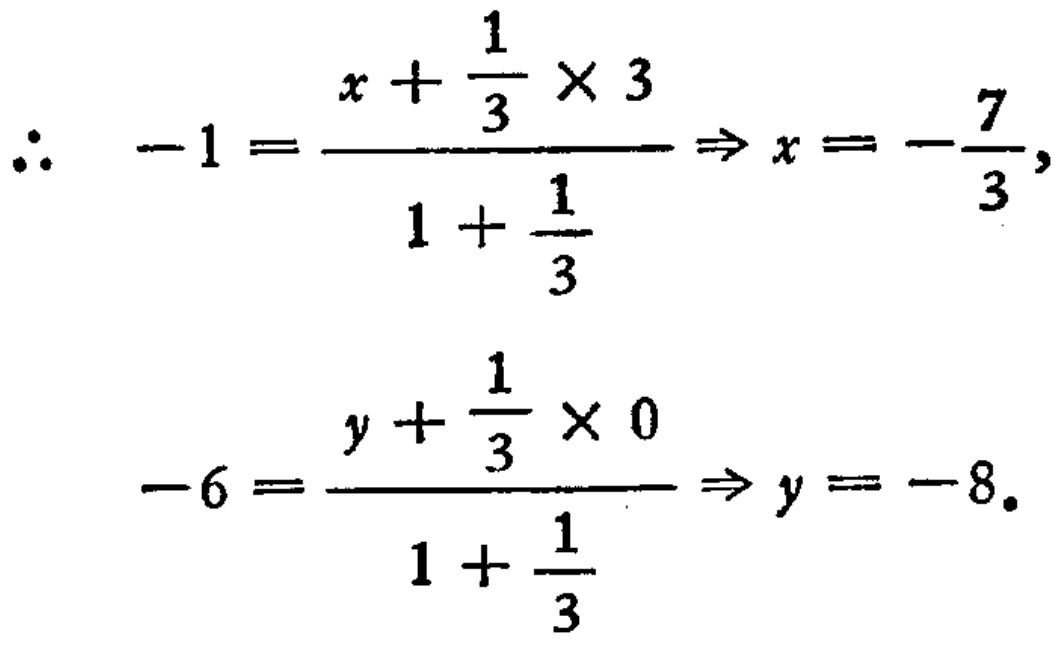
\[
\begin{align*}
\therefore -1&=\frac{x + \frac{1}{3} \times 3}{1+\frac{1}{3}}\Rightarrow x = -\frac{7}{3},\\
-6&=\frac{y+\frac{1}{3} \times 0}{1+\frac{1}{3}}\Rightarrow y=-8.
\end{align*}
\]